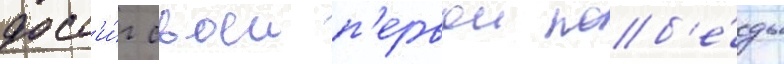
дост'и́г своеи п'ервои поб'е́ды